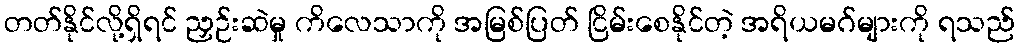
တတ်နိုင်လို့ရှိရင် ညှဉ်းဆဲမှု ကိလေသာကို အမြစ်ပြတ် ငြိမ်းစေနိုင်တဲ့ အရိယမဂ်များကို ရသည်